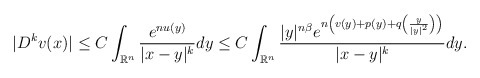
\begin{align*} |D^kv(x)|\leq C\int_{\mathbb{R}^n}\frac{e^{nu(y)}}{|x-y|^k}dy \leq C\int_{\mathbb{R}^n}\frac{|y|^{n\beta }e^{n\left(v(y)+p(y)+q\left(\frac{y}{|y|^2}\right)\right)}}{|x-y|^k}dy. \end{align*}